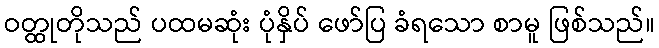
ဝတ္ထုတိုသည် ပထမဆုံး ပုံနှိပ် ဖော်ပြ ခံရသော စာမူ ဖြစ်သည်။